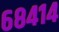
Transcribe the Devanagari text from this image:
६८४१४